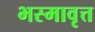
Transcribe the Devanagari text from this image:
भस्मावृत्त